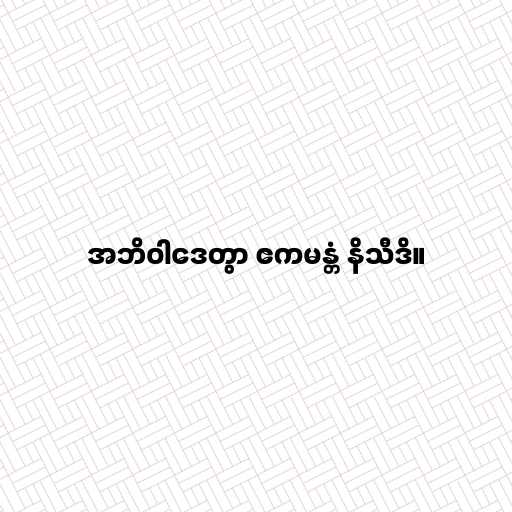
အဘိဝါဒေတွာ ဧကမန္တံ နိသီဒိ။